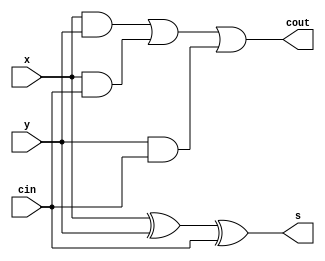
`timescale 1ns / 1ps
//////////////////////////////////////////////////////////////////////////////////
// Company: 
// Engineer: 
// 
// Design Name: 
// Module Name: lab2_1
// Project Name: 
// Target Devices: 
// Tool Versions: 
// Description: 
// 
// Dependencies: 
// 
// Revision:
// Revision 0.01 - File Created
// Additional Comments:
// 
//////////////////////////////////////////////////////////////////////////////////


module lab1( 
input x, y, cin,
output s, cout
); 
assign s=x^y^cin; 
assign cout= x&y | x&cin | y&cin;
endmodule